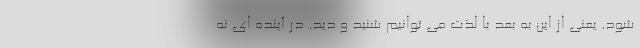
شود. یعنی از این به بعد با لذت می توانیم شنید و دید. در آینده ای نه